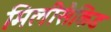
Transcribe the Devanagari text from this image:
मिलीसैकिंड